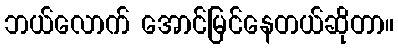
ဘယ်လောက် အောင်မြင်နေတယ်ဆိုတာ။